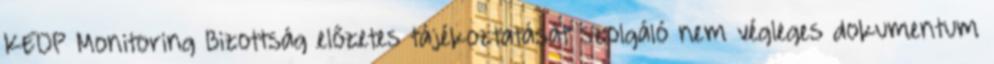
KEOP Monitoring Bizottság előzetes tájékoztatását szolgáló nem végleges dokumentum